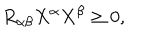
LaTeX: R _ { \alpha \beta } X ^ { \alpha } X ^ { \beta } \geq 0 ,